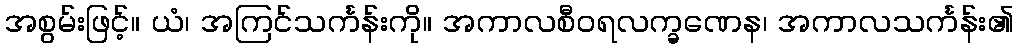
အစွမ်းဖြင့်။ ယံ၊ အကြင်သင်္ကန်းကို။ အကာလစီဝရလက္ခဏေန၊ အကာလသင်္ကန်း၏